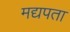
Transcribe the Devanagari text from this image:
मद्यपता